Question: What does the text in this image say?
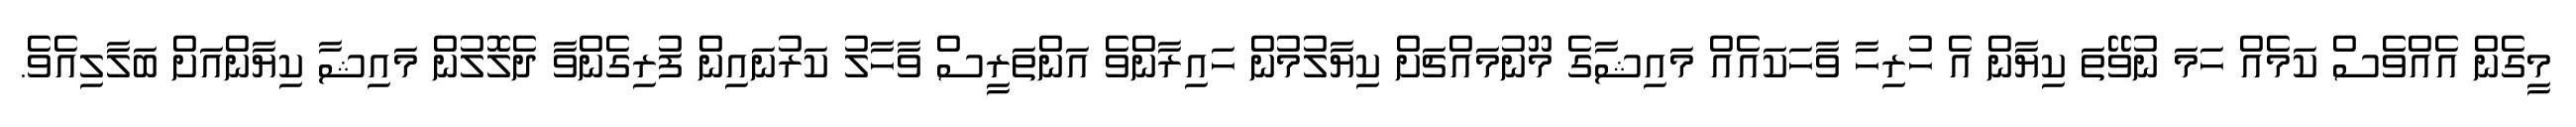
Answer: މީގެން އެއްވެސް ކަމެއް ހަމަ ނުވޭތަ ކިޔާން އެ ހުރިހާ ވާހަކައެއް މައިޝާގެ މޫނުމައްޗަށް ކިޔާލުމުން ހައިރާންވެ އަންތަރީސް ވާހާލު ކަރުނައިން ފުރިގެންވާ ދެލޮލުން މައިޝާ ކިޔާންއަށް ބަލާލިއެވެ.